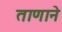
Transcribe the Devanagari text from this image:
ताणाने